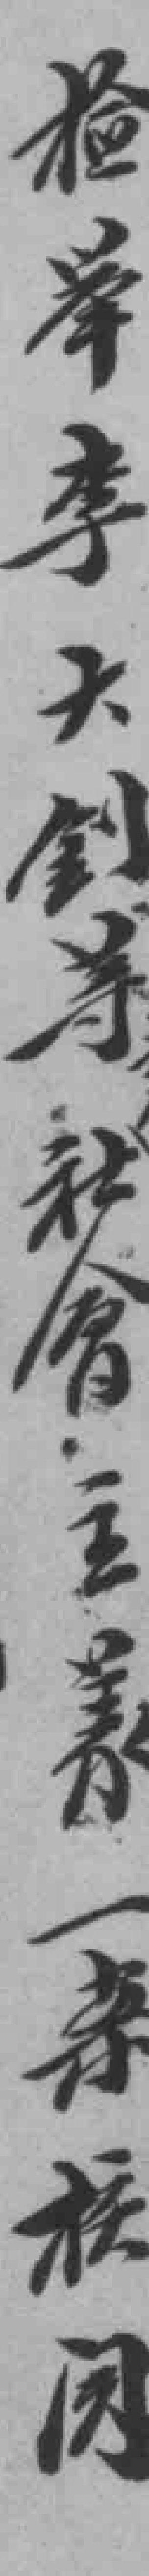
檢舉李大钊等社會主義一案核閱